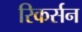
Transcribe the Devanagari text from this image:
रिकर्सन